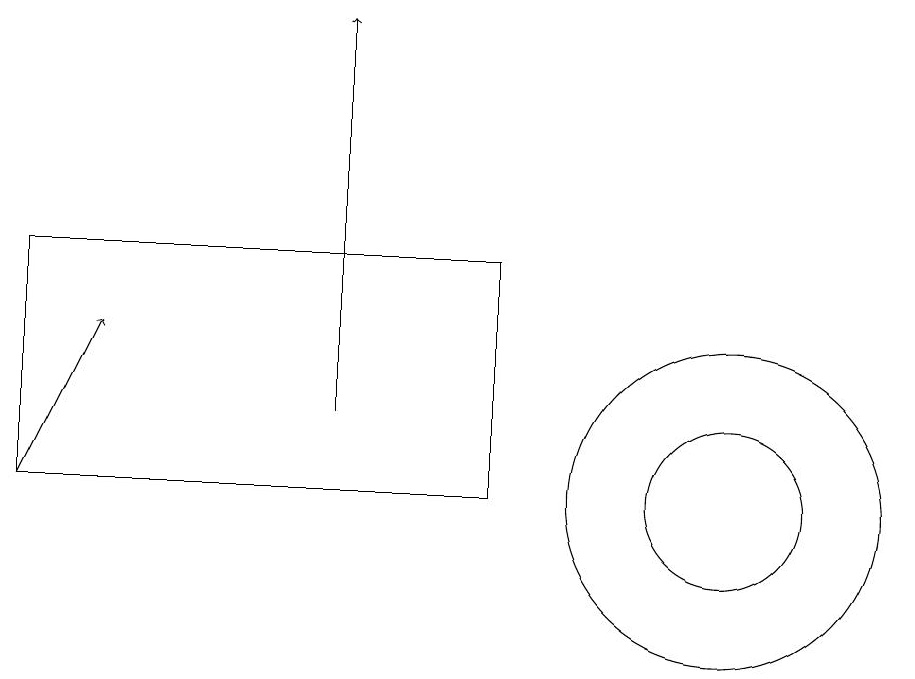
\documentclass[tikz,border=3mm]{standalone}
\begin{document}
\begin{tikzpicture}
\draw (10,11) circle (2);
\draw (1,11) rectangle (7,14);
\draw[->] (5,12) -- (5,17);
\draw[->] (1,11) -- (2,13);
\draw (6,11) rectangle (1,11);
\draw (10,11) circle (1);
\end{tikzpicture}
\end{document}